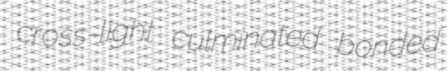
cross-light culminated bonded